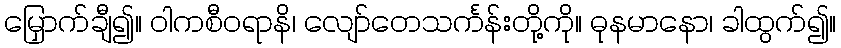
မြှောက်ချီ၍။ ဝါကစီဝရာနိ၊ လျော်တေသင်္ကန်းတို့ကို။ ဓုနမာနော၊ ခါထွက်၍။